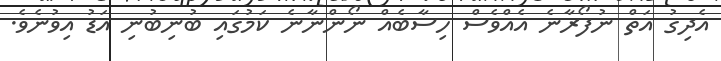
އެދިގު އަތް ނުފޯރާނެ އެއްވެސް ހިސާބެއް ނޯންނާނެ ކަމުގައި ބުނިބުނި އަޑު އިވުނެވެ.